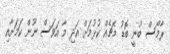
ރާމޯސް ބުނީ ބޮޑު މެޗެއް ކުޅުމަށް އަދި މާ އަވަސް ނޫން ކަމަށާއި